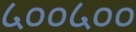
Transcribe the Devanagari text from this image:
५००५००